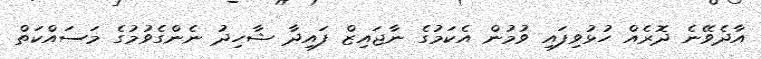
އާދެވޭނެ ދޮރެއް ހުޅުވިފައި ވުމުން އެކަމުގެ ނާޖައިޒް ފައިދާ ޝާހިދު ނެންގެވުމުގެ މަސައްކަތް